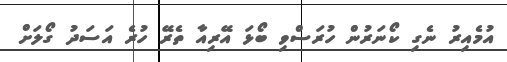
އުމެއިރު ނެގި ކޯނަރުން ހުރަސްވި ބޯޅަ އޭރިއާ ތެރޭ ހުރެ އަސަދު ގޯލަށް